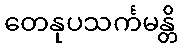
တေနုပသင်္ကမန္တိ